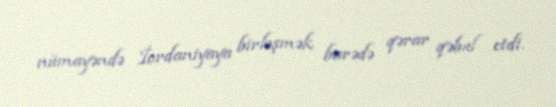
nümayəndə İordaniyaya birləşmək barədə qərar qəbul etdi.